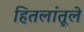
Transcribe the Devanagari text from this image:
हितलांतूले